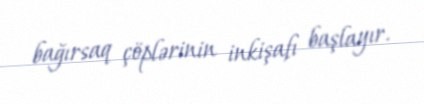
bağırsaq çöplərinin inkişafı başlayır.